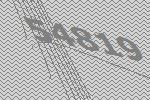
54819